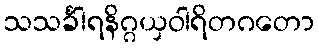
သသင်္ခါရနိဂ္ဂယှဝါရိတဂတော